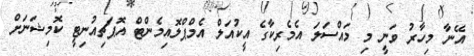
އޭނާ މިހާރު ވަނީ މި މައްސަލަ އެމެރިކާގެ އީކުއަލް އެމްޕްލޮއިމެންޓް އޮޕަޗިއުނިޓީ ކޮމިޝަނަށް